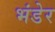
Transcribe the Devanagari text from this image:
भंडेर